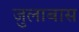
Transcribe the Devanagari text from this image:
जुलाबास